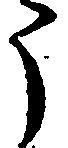
う